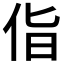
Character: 𪜵